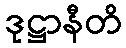
ဒုဋ္ဌာနီတိ